Indian journal of veterinary science and animal husbandry - Volumes 18-21, 1948-1951
Year: 1948
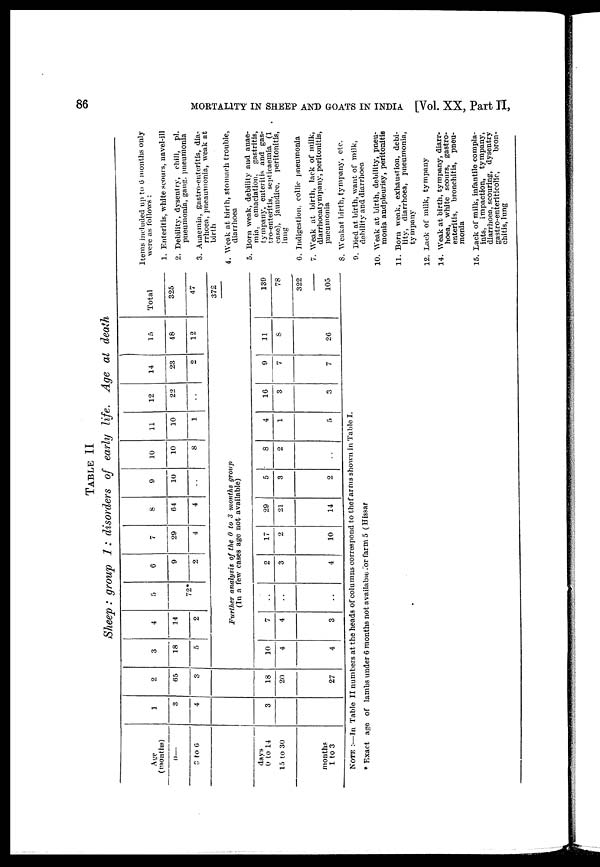
86
MORTALITY IN SHEEP AND GOATS IN INDIA [Vol. XX, Part II,
TABLE II
Sheep: group 1: disorders of early life. Age at death
Age
(months)
0—
3 to 6
1
3
4
2
65
3
3
18
5
4
14
2
5
72*
6
9
2
29
4
8
64
4
9
10
10
10
8
11
10
1
12
22
14
23
2
15
48
12
Total
325
47
372
Further analysis of the 0 to 3 months group
(In a few cases age not available)
days
0 to 14
15 to 30
months
1 to 3
3
18
20
27
10
4
4
7
4
3
. .
. .
. .
2
3
4
17
2
10
29
21
14
5
3
2
8
2
. .
4
1
5
16
3
3
9
7
7
11
8
26
139
78
322
–––
105
NOTE :—In Table II numbers at the heads of columns correspond to the farms shown in Table I.
* Exact age of lambs under 6 months not available for farm 5 (Hissar
Items included up to 6 months only
were as follows :
1. Enteritis, white scours, navel-ill
2. Debility, dysentry, chill, pl.
pneumonia, gang. pneumonia
3. Anaemia, gastro-enteritis, dia-
rrhoea, pneaumonia, weak at
birth
4. Weak at birth, stomach trouble,
diarrhoea
5. Born weak, debility and anae-
mia, emaciation, gastritis,
tympany, enteritis and gas-
tro-enteritis, septicaemia (1
case), jaundice, peritonitis,
lung
6. Indigestion, collic pneumonia
7. Weak at birth, lack of milk,
diarrhoeatympany, peritonitis,
pneumonia
8. Weakat birth, tympany, etc.
9. Died at birth, want of milk,
debility and diarrhoea
10. Weak at birth, debility, pneu-
monia andpleurisy, peritonitis
11. Born weak, exhaustion, debi-
lity, diarrhoea, pneumonia,
tympany
12. Lack of milk, tympany
14. Weak at birth, tympany, diarr-
hoea, white scours, gastro-
enteritis, bronchitis, pneu-
monia
15. Lack of milk, infantile compla-
ints, impaction, tympany,
diarrhoea, scouring, dysentry
gastro-enteriticolic,
bron-
chitis, lung